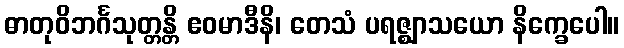
ဓာတုဝိဘင်္ဂသုတ္တန္တိ ဧဝမာဒီနိ၊ တေသံ ပရဇ္ဈာသယော နိက္ခေပေါ။